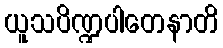
ယူသပိဏ္ဍပါတေနာတိ